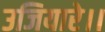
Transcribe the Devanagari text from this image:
उजियारे।।